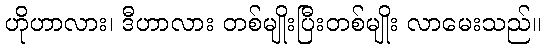
ဟိုဟာလား၊ ဒီဟာလား တစ်မျိုးပြီးတစ်မျိုး လာမေးသည်။